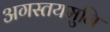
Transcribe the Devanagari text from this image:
अगस्तयमुनि